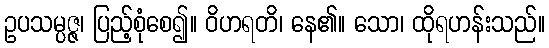
ဥပသမ္ပဇ္ဇ၊ ပြည့်စုံစေ၍။ ဝိဟရတိ၊ နေ၏။ သော၊ ထိုရဟန်းသည်။